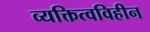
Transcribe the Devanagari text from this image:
व्यक्तित्वविहीन